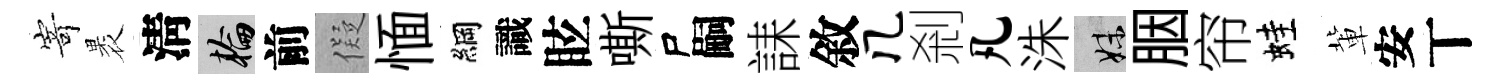
𭔃褁淸輪前儗愐綱識眩嘶尸嗣誄敘几剎凡洙妹胭帘蛙軰安丅